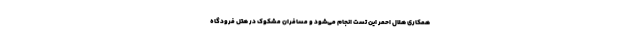
همکاری هلال احمر این تست انجام می‌شود و مسافران مشکوک در هتل فرودگاه